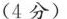
(4分)